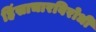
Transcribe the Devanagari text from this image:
हिंसाचारविरोधी